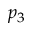
p _ { 3 }